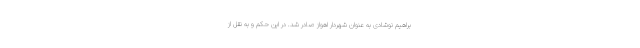
براهیم نوشادی به عنوان شهردار اهواز صادر شد. در این حکم و به نقل از